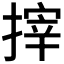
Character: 𢲟